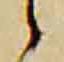
候